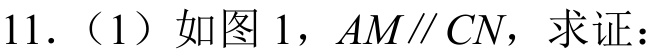
11.（1）如图1，\(AM\parallel CN\)，求证：